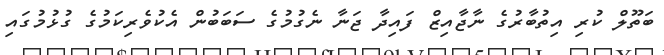
ބަތޫލް ކުރި އިތުބާރުގެ ނާޖާއިޒް ފައިދާ ޖަނާ ނެގުމުގެ ސަބަބުން އެކުވެރިކަމުގެ ގުޅުމުގައި